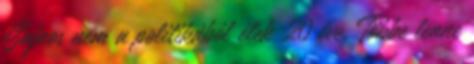
Sajnos nem a politikából élek 20 éve. Többe lenne